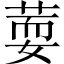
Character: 𦵘